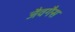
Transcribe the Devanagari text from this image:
जैवगैस